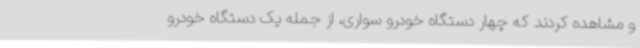
و مشاهده کردند که چهار دستگاه خودرو سواری، از جمله یک دستگاه خودرو